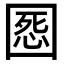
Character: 𡈒